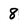
Character: 8